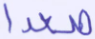
صعدا